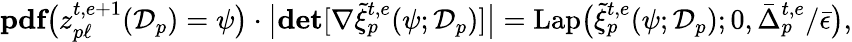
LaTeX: \begin{array}{r}{\textbf{pdf}\big(z_{p\ell}^{t,e+1}(\mathcal{D}_{p})=\psi\big)\cdot\big|\textbf{det}[\nabla\tilde{\xi}_{p}^{t,e}(\psi;\mathcal{D}_{p})]\big|=\mathrm{Lap}\big(\tilde{\xi}_{p}^{t,e}(\psi;\mathcal{D}_{p});0,\bar{\Delta}_{p}^{t,e}/\bar{\epsilon}\big),}\end{array}